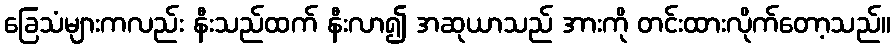
ခြေသံများကလည်း နီးသည်ထက် နီးလာ၍ အဆုယာသည် အားကို တင်းထားလိုက်တော့သည်။